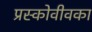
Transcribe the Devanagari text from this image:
प्रस्कोवीवका